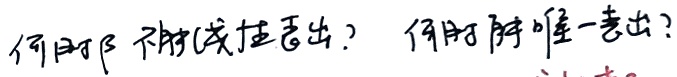
何时\(\beta\)不能线性表出？何时能唯一表出？